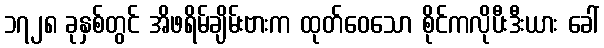
၁၇၂၈ ခုနှစ်တွင် အိဖရိမ်ချိမ်းဗားက ထုတ်ဝေသော စိုင်ကလိုပီးဒီးယား ခေါ်